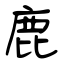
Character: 鹿